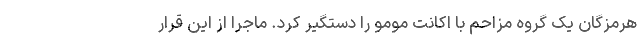
هرمزگان یک گروه مزاحم با اکانت مومو را دستگیر کرد. ماجرا از این قرار